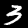
Digit: 3